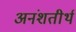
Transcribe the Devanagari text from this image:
अनंशतीर्थ